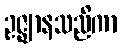
ဥဇ္ဈာနသညိကာ